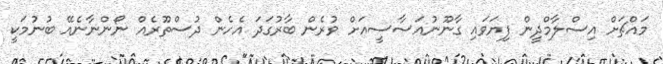
މައްޗަށް އިސްލާމްދީން ފިޔަވައި ގާނޫނުއަސާސީއަށް ވުރެން ބާރުގަދަ އެހެން ދުސްތޫރެއް ނޯންނާނެއޭ ބުނުމަކީ